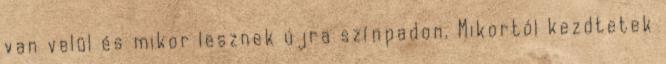
van velül és mikor lesznek újra színpadon. Mikortól kezdtetek